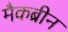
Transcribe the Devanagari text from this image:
मैकब्रीन